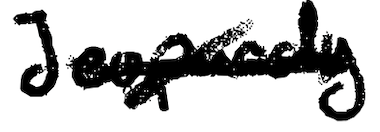
Text: Jeopardy
Cross-out: cross
Writing tool: digital_black